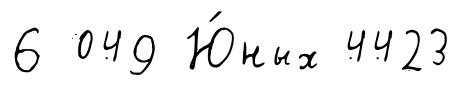
6 049 Ю́ных 4423